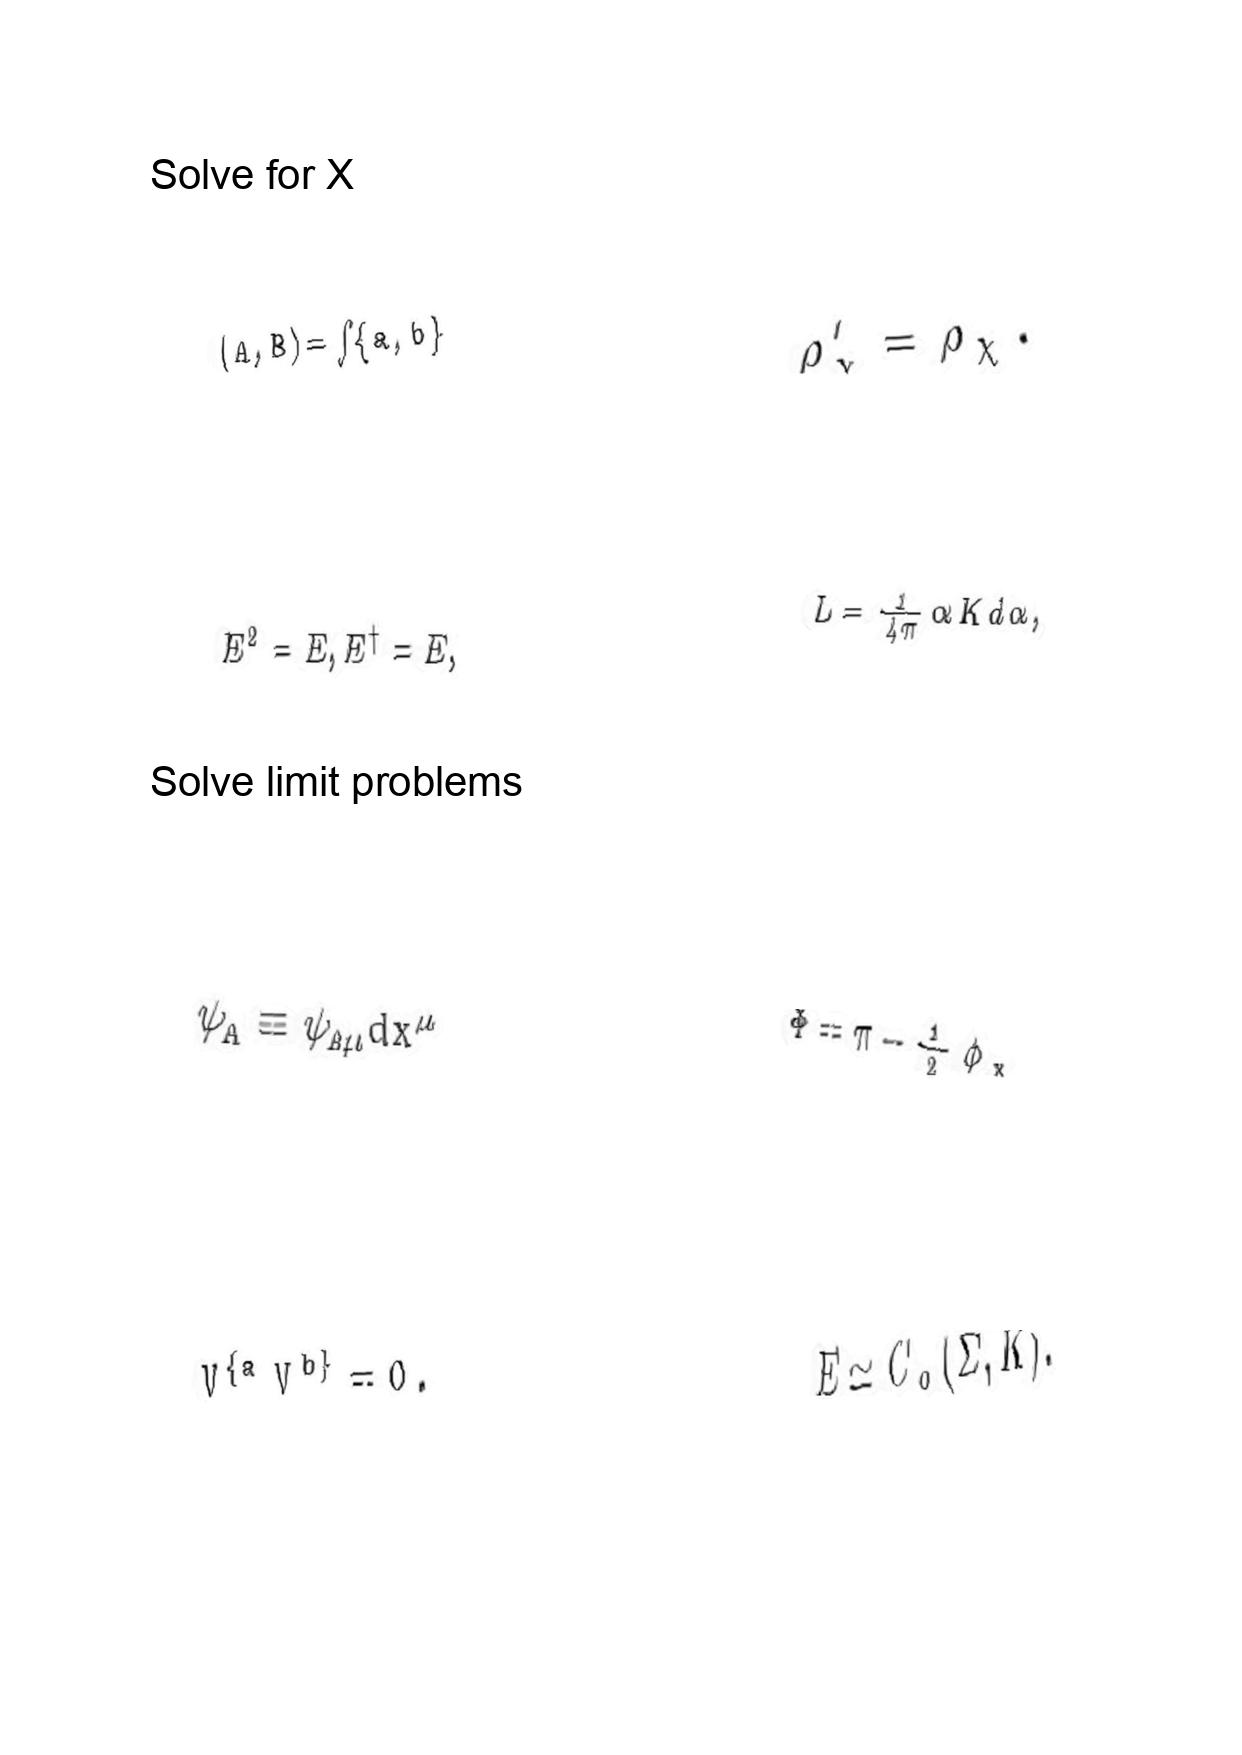
LaTeX transcription:
\lparen A , B \rparen = \int \lbrace a , b \rbrace
E ^ { 2 } = E , E ^ { \dagger } = E ,
\psi _ { A } \equiv \psi _ { A \mu } d x ^ { \mu }
V ^ { \lbrace a } V ^ { b \rbrace } = 0 .
\rho _ { \chi } ^ { \prime } = \rho _ { \chi } .
L = \frac { 1 } { 4 \pi } \alpha K d \alpha ,
\Phi = \pi - \frac { 1 } { 2 } \phi _ { x }
E \simeq C _ { 0 } \lparen \Sigma , K \rparen .